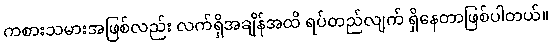
ကစားသမားအဖြစ်လည်း လက်ရှိအချိန်အထိ ရပ်တည်လျက် ရှိနေတာဖြစ်ပါတယ်။